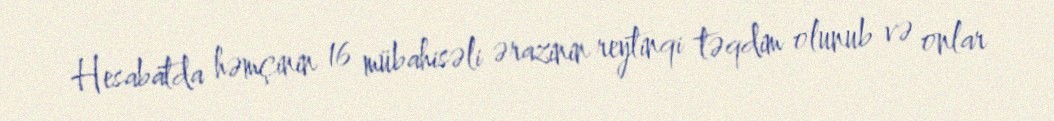
Hesabatda həmçinin 16 mübahisəli ərazinin reytinqi təqdim olunub və onlar